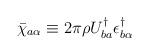
LaTeX: \begin{align*}\bar\chi_{a \alpha} \equiv 2\pi\rho U^\dagger_{ba}\epsilon^\dagger_{b\alpha}\end{align*}